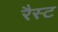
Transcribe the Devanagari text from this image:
रैस्ट